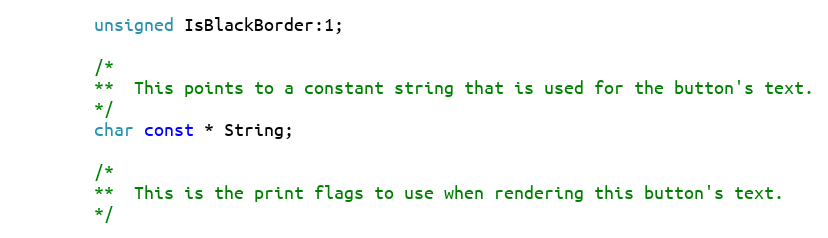
Language: C
		unsigned IsBlackBorder:1;

		/*
		**	This points to a constant string that is used for the button's text.
		*/
		char const * String;

		/*
		**	This is the print flags to use when rendering this button's text.
		*/